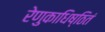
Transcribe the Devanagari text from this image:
रेणुकाधिष्ठितं